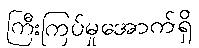
ကြီးကြပ်မှုအောက်ရှိ